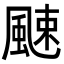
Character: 𩗣